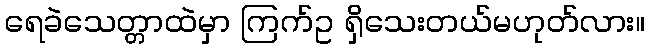
ရေခဲသေတ္တာထဲမှာ ကြက်ဥ ရှိသေးတယ်မဟုတ်လား။